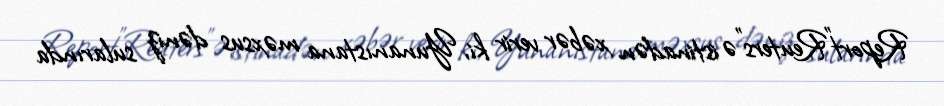
Report"Reuters"ə istinadən xəbər verir ki, Yunanıstana məxsus dəniz sularında